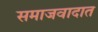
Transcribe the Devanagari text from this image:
समाजवादात